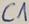
Text: C1